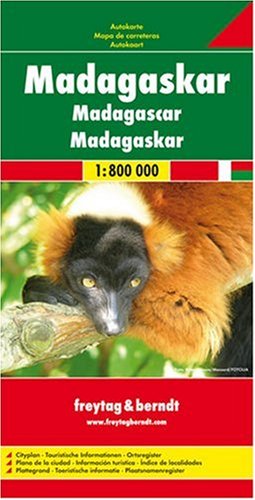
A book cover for Madagascar; Freytag-Berndt und Artaria; Travel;